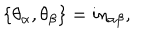
\{ \theta _ { \alpha } , \theta _ { \beta } \} = i \eta _ { \alpha \beta } ,